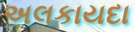
અલકાયદા